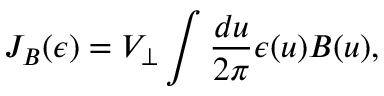
J _ { B } ( \epsilon ) = V _ { \perp } \int { \frac { d u } { 2 \pi } } \epsilon ( u ) B ( u ) ,